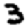
Digit: 3